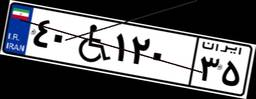
۵۷W۷۰۵۹۱